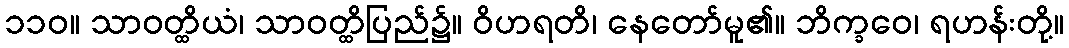
၁၁၀။ သာဝတ္ထိယံ၊ သာဝတ္ထိပြည်၌။ ဝိဟရတိ၊ နေတော်မူ၏။ ဘိက္ခဝေ၊ ရဟန်းတို့။